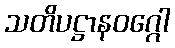
သတိပဋ္ဌာနဝဂ္ဂေါ